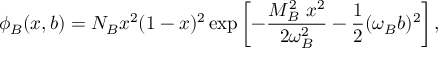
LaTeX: \phi _ { B } ( x , b ) = N _ { B } x ^ { 2 } ( 1 - x ) ^ { 2 } \exp \left[ - \frac { M _ { B } ^ { 2 } \ x ^ { 2 } } { 2 \omega _ { B } ^ { 2 } } - \frac { 1 } { 2 } ( \omega _ { B } b ) ^ { 2 } \right] ,